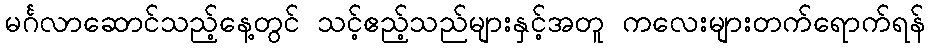
မင်္ဂလာဆောင်သည့်နေ့တွင် သင့်ဧည့်သည်များနှင့်အတူ ကလေးများတက်ရောက်ရန်